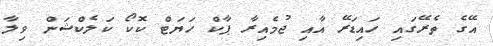
އޭގެ ތެރޭގައި ހައިޑަރޭ އާއި ޖުމެއިރާ ޕާކް ހަޔަޓް ކޮކޯ ކަލެކްޝަން ވިލާ